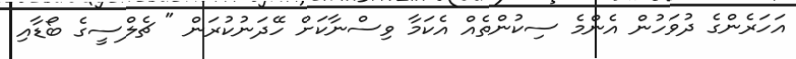
އަހަރެންގެ ދުވަހުން އެންމެ ސިކުންތެއް އެކަމާ ވިސްނާކަށް ހޭދަނުކުރަން " ޗެލްސީގެ ބޯޑާއި